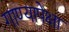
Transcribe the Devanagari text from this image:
गाण्यापेक्षा